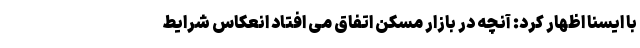
با ایسنا اظهار کرد: آنچه در بازار مسکن اتفاق می افتاد انعکاس شرایط